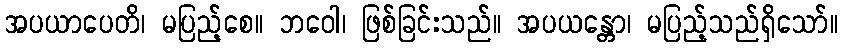
အပယာပေတိ၊ မပြည့်စေ။ ဘဝေါ၊ ဖြစ်ခြင်းသည်။ အပယန္တော၊ မပြည့်သည်ရှိသော်။